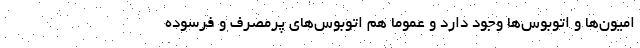
امیون‌ها و اتوبوس‌ها وجود دارد و عموما هم اتوبوس‌های پرمصرف و فرسوده